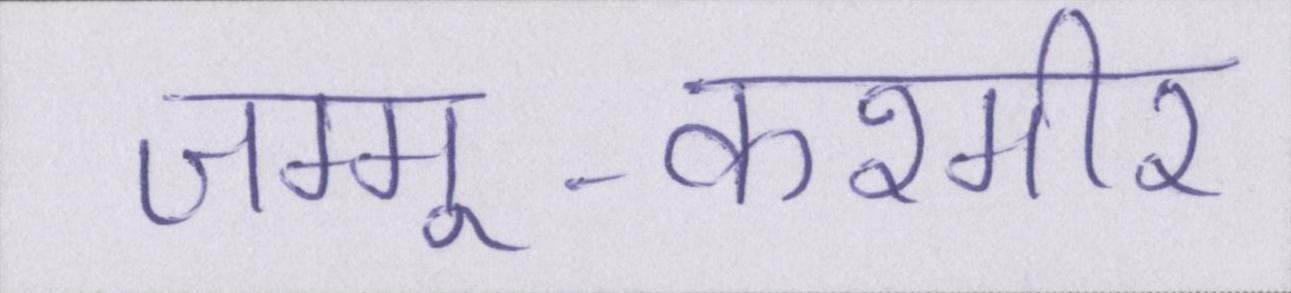
जम्मू-कश्मीर